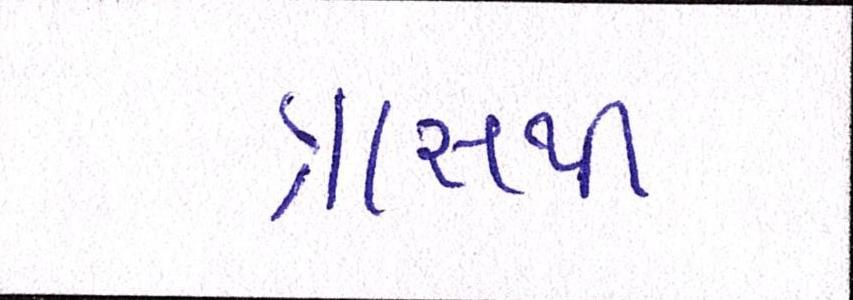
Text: ત્રાસથી